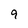
Character: 9